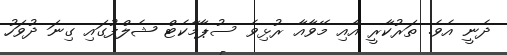
ދެނީ އެވެ. ތަރުކާރީ އާއި މޭވާއާ ރުޅިވެ ސުޕާމާކެޓް ޝެލްފުގައި ގިނަ ދުވަހު